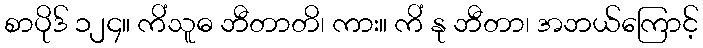
စာပိုဒ် ၁၂၄။ ကိံသူဓ ဘီတာတိ၊ ကား။ ကိံ နု ဘီတာ၊ အဘယ်ကြောင့်